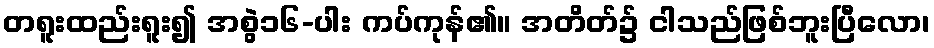
တရူးထည်းရူး၍ အစွဲ၁၆-ပါး ကပ်ကုန်၏။ အတိတ်၌ ငါသည်ဖြစ်ဘူးပြီလော၊